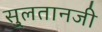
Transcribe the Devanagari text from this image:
सु्लतानजी